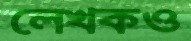
লেখকও